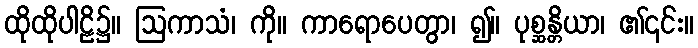
ထိုထိုပါဠိ၌။ ဩကာသံ၊ ကို။ ကာရောပေတွာ၊ ၍။ ပုစ္ဆန္တိယာ၊ ၏၎င်း။